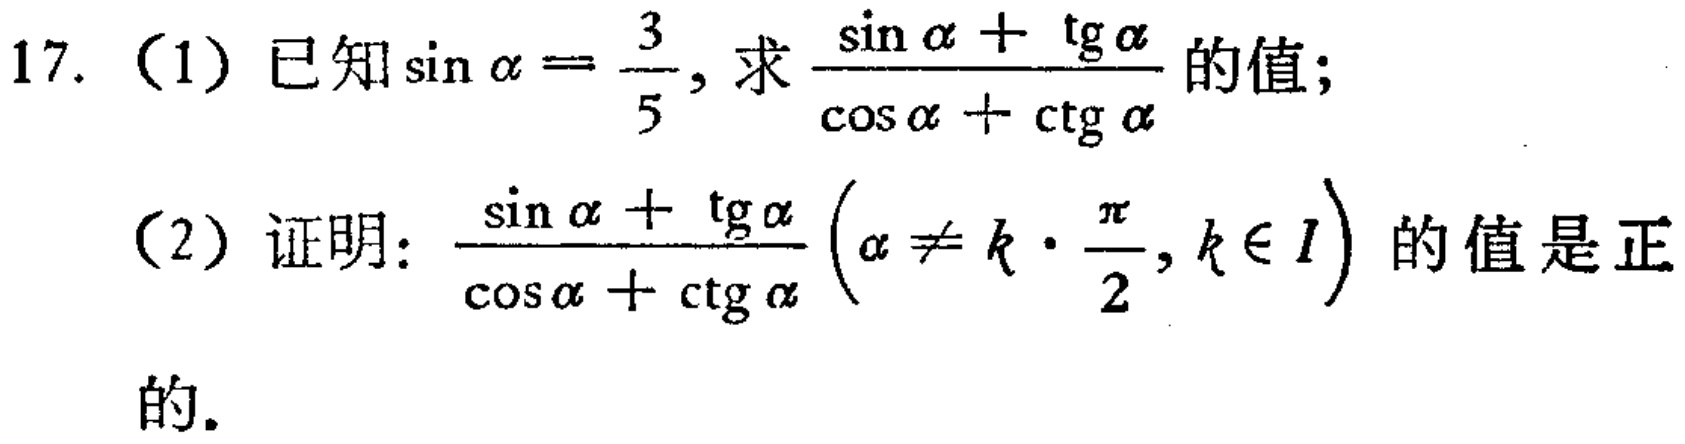
17. (1) 已知\(\sin\alpha = \frac{3}{5}\)，求\(\frac{\sin\alpha+\tg\alpha}{\cos\alpha+\ctg\alpha}\)的值；
(2) 证明：\(\frac{\sin\alpha+\tg\alpha}{\cos\alpha+\ctg\alpha}(\alpha\neq k\cdot\frac{\pi}{2},k\in I)\)的值是正的.